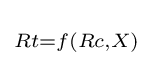
\scriptstyle {Rt=f(Rc,X)}